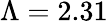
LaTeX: \Lambda=2.31